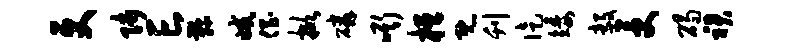
更师亡鞠减倡掀磷嘶桓既刊徒矮毅受碣裙